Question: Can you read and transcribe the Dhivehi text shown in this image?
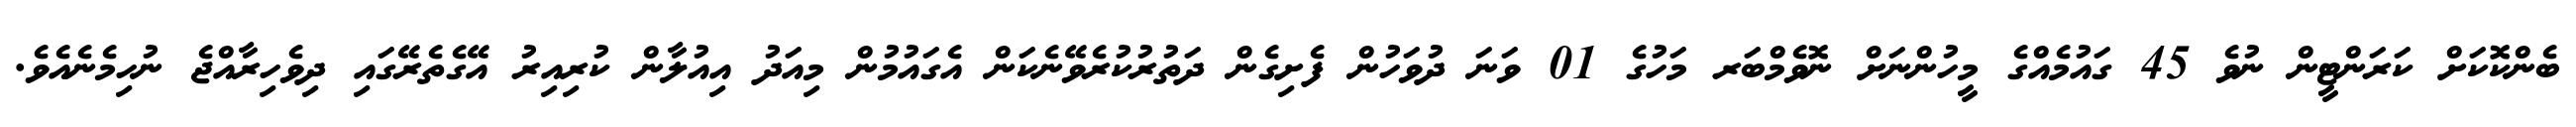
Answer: ބެންކޮކަށް ކަރަންޓީން ނުވެ 45 ގައުމެއްގެ މީހުންނަށް ނޮވެމްބަރ މަހުގެ 01 ވަނަ ދުވަހުން ފެށިގެން ދަތުރުކުރެވޭނެކަން އެގައުމުން މިއަދު އިއުލާން ކުރިއިރު އޭގެތެރޭގައި ދިވެހިރާއްޖެ ނުހިމެނެއެވެ.